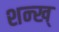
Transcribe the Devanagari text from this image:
शन्ख्